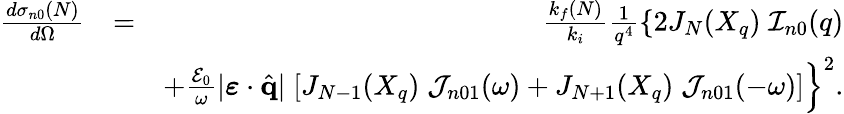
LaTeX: \begin{array}{rlr}{\frac{d{\sigma}_{n0}(N)}{d\Omega}}&{=}&{\frac{k_{f}(N)}{k_{i}}\frac{1}{q^{4}}\left\{ 2J_{N}(X_{q})\; {\cal I}_{n0}(q)\right.}\\ &{}&{\left.+\frac{{\cal E}_{0}}{\omega}|\boldsymbol{\varepsilon}\cdot{\hat{\mathbf{q}}}|\; [J_{N-1}(X_{q})\; {\cal J}_{n01}(\omega)+J_{N+1}(X_{q})\; {\cal J}_{n01}(-\omega)]\right\} ^{2}.}\end{array}